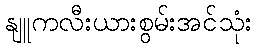
နျူကလီးယားစွမ်းအင်သုံး